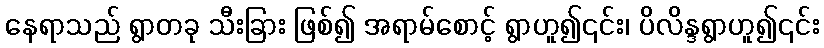
နေရာသည် ရွာတခု သီးခြား ဖြစ်၍ အရာမ်စောင့် ရွာဟူ၍၎င်း၊ ပိလိန္ဒရွာဟူ၍၎င်း